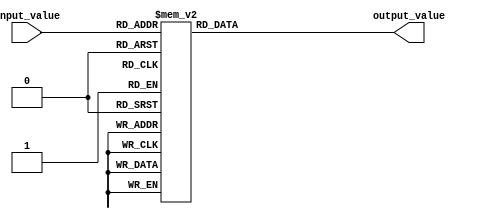
module case_statement_example(
    input wire [2:0] input_value,
    output reg [3:0] output_value
);

initial begin
    case(input_value)
        3'b000: output_value = 4'b0000;
        3'b001: output_value = 4'b0001;
        3'b010: output_value = 4'b0010;
        3'b011: output_value = 4'b0011;
        3'b100: output_value = 4'b0100;
        3'b101: output_value = 4'b0101;
        3'b110: output_value = 4'b0110;
        3'b111: output_value = 4'b0111;
        default: output_value = 4'b1111;
    endcase
end

endmodule